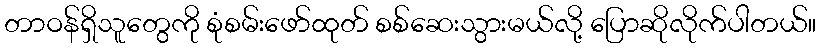
တာဝန်ရှိသူတွေကို စုံစမ်းဖော်ထုတ် စစ်ဆေးသွားမယ်လို့ ပြောဆိုလိုက်ပါတယ်။